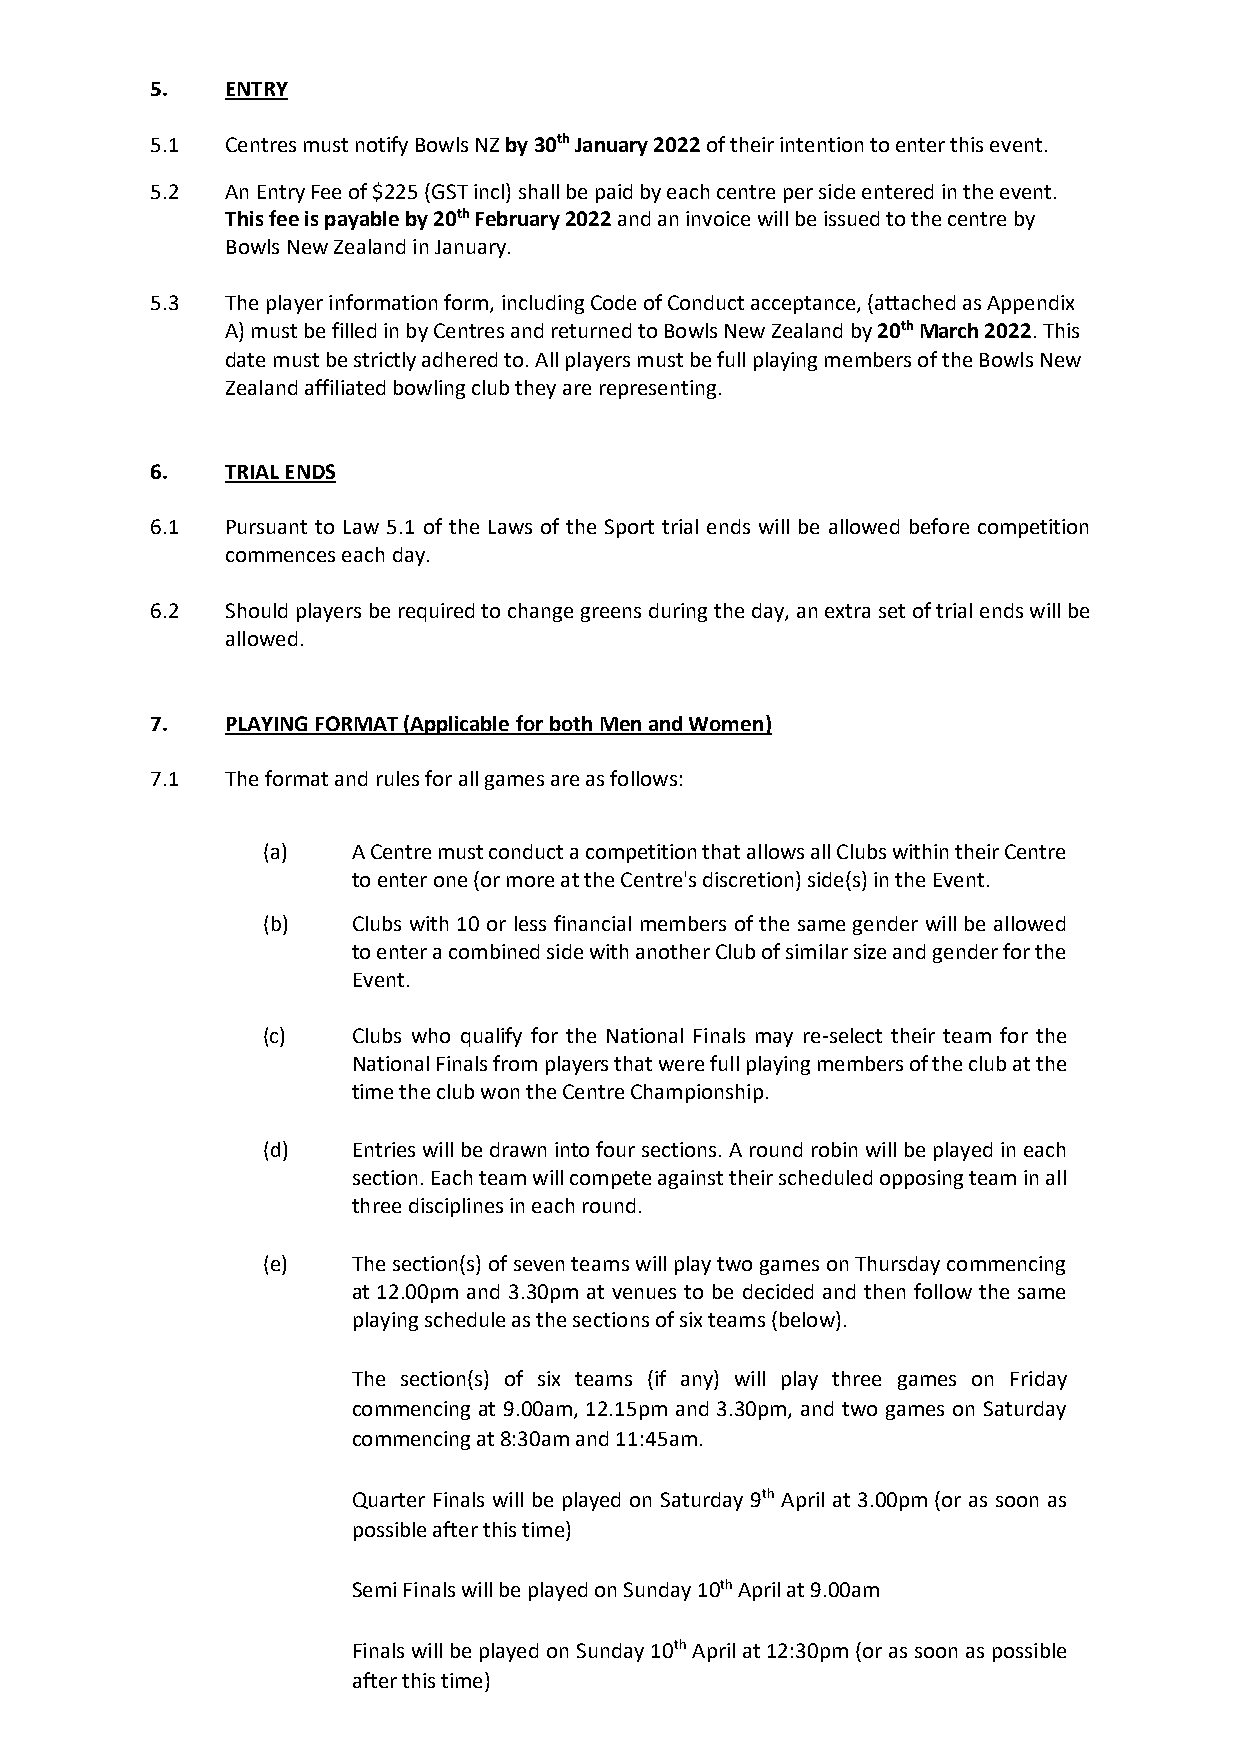
5.   ENTRY
 5.1  Centres must notify Bowls NZ by 30th January 2022 of their intention to enter this event.
 5.2  An Entry Fee of $225 (GST incl) shall be paid by each centre per side entered in the event.
 This fee is payable by 20th February 2022 and an invoice will be issued to the centre by
 Bowls New Zealand in January.
 5.3  The player information form, including Code of Conduct acceptance, (attached as Appendix
 A) must be filled in by Centres and returned to Bowls New Zealand by 20th March 2022. This
 date must be strictly adhered to. All players must be full playing members of the Bowls New
 Zealand affiliated bowling club they are representing.
 6.   TRIAL ENDS
 6.1  Pursuant to Law 5.1 of the Laws of the Sport trial ends will be allowed before competition
 commences each day.
 6.2  Should players be required to change greens during the day, an extra set of trial ends will be
 allowed.
 7.   PLAYING FORMAT (Applicable for both Men and Women)
 7.1  The format and rules for all games are as follows:
 (a)   A Centre must conduct a competition that allows all Clubs within their Centre
 to enter one (or more at the Centre's discretion) side(s) in the Event.
 (b)   Clubs with 10 or less financial members of the same gender will be allowed
 to enter a combined side with another Club of similar size and gender for the
 Event.
 (c)   Clubs who qualify for the National Finals may re-select their team for the
 National Finals from players that were full playing members of the club at the
 time the club won the Centre Championship.
 (d)   Entries will be drawn into four sections. A round robin will be played in each
 section. Each team will compete against their scheduled opposing team in all
 three disciplines in each round.
 (e)   The section(s) of seven teams will play two games on Thursday commencing
 at 12.00pm and 3.30pm at venues to be decided and then follow the same
 playing schedule as the sections of six teams (below).
 The section(s) of six teams (if any) will play three games on Friday
 commencing at 9.00am, 12.15pm and 3.30pm, and two games on Saturday
 commencing at 8:30am and 11:45am.
 Quarter Finals will be played on Saturday 9th April at 3.00pm (or as soon as
 possible after this time)
 Semi Finals will be played on Sunday 10th April at 9.00am
 Finals will be played on Sunday 10th April at 12:30pm (or as soon as possible
 after this time)